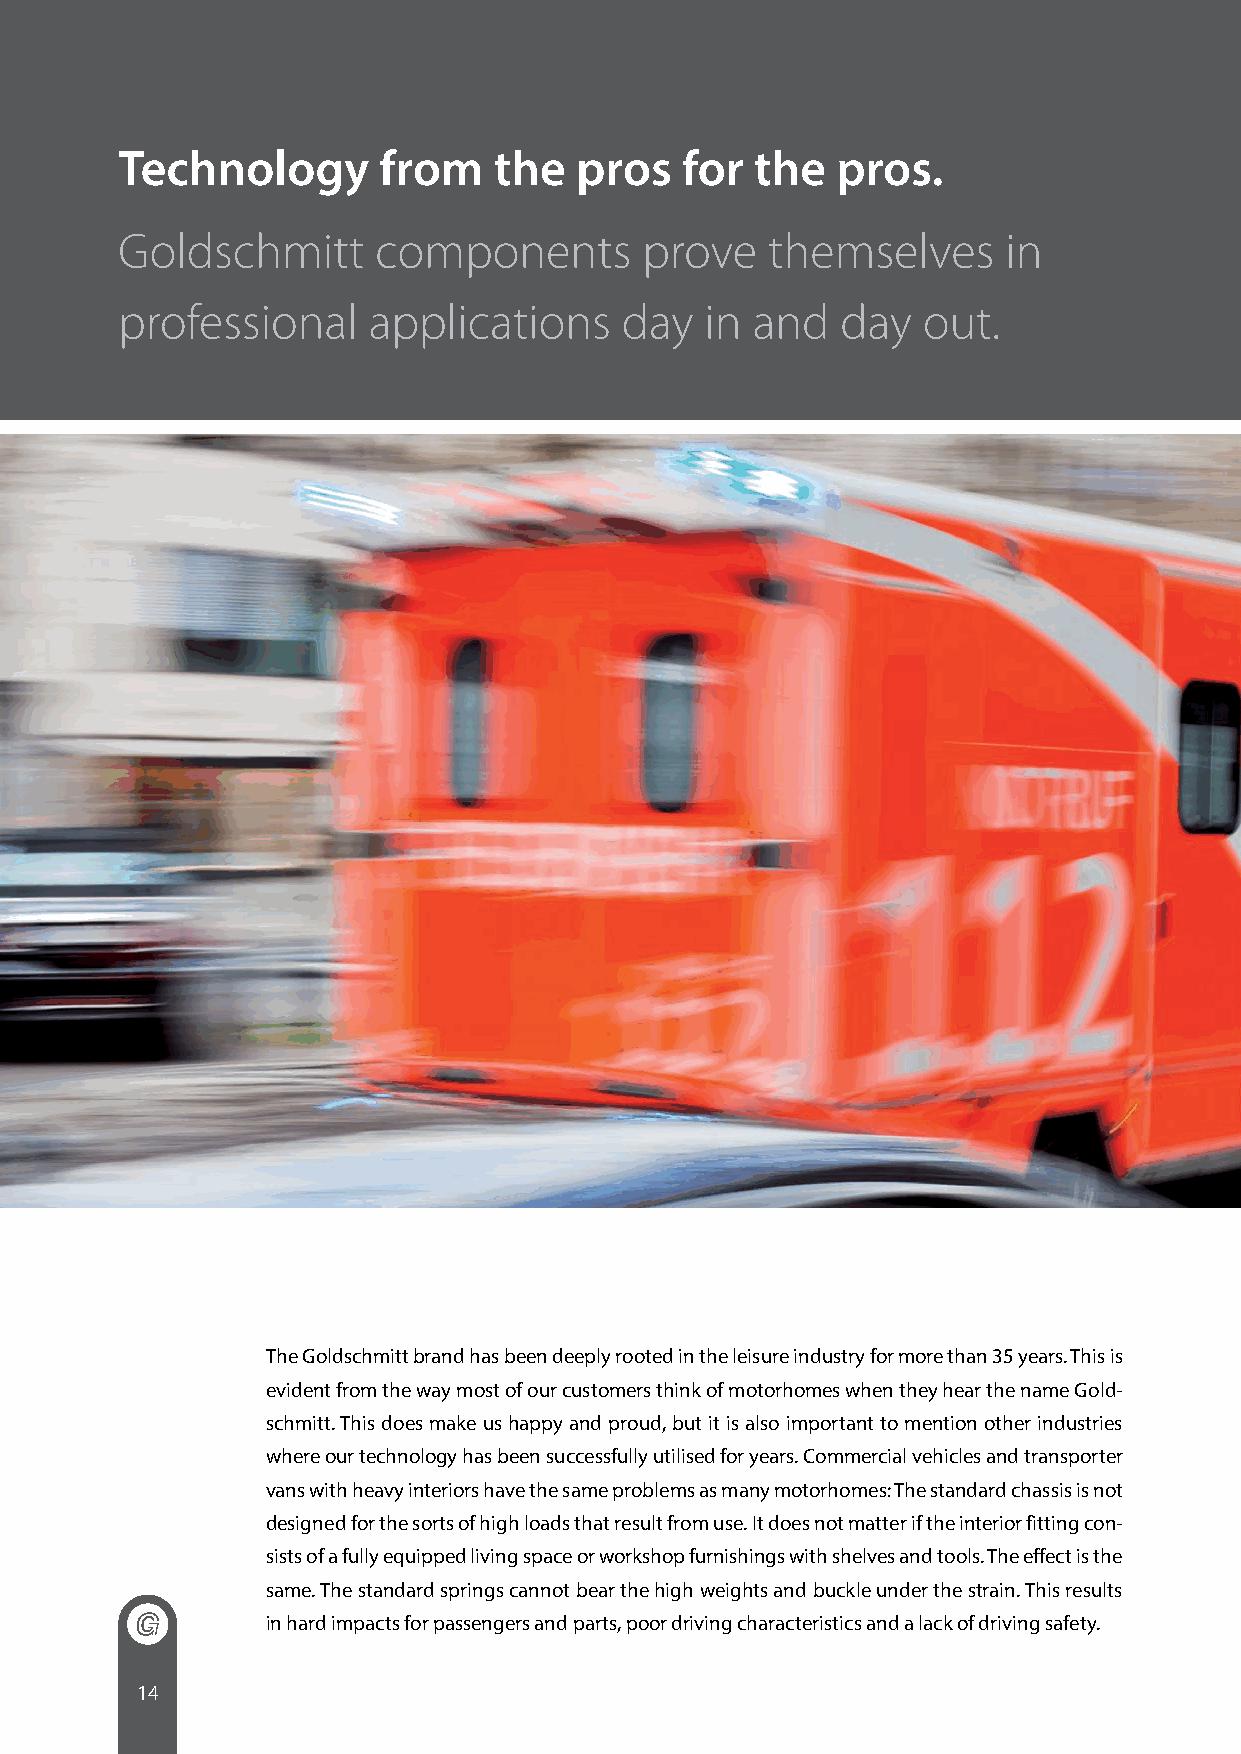
Technology       from    the  pros   for  the  pros.
 Goldschmitt      components       prove    themselves      in
 professional    applications     day   in and   day  out.
 The Goldschmitt brand has been deeply rooted in the leisure industry for more than 35 years. This is
 evident from the way most of our customers think of motorhomes when they hear the name Gold-
 schmitt. This does make us happy and proud, but it is also important to mention other industries
 where our technology has been successfully utilised for years. Commercial vehicles and transporter
 vans with heavy interiors have the same problems as many motorhomes: The standard chassis is not
 designed for the sorts of high loads that result from use. It does not matter if the interior fitting con-
 sists of a fully equipped living space or workshop furnishings with shelves and tools. The effect is the
 same. The standard springs cannot bear the high weights and buckle under the strain. This results
 in hard impacts for passengers and parts, poor driving characteristics and a lack of driving safety.
 14